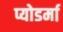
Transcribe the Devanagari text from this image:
प्योडर्मा